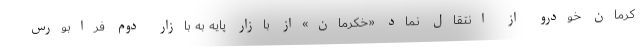
کرمان خودرو از انتقال نماد «خکرمان»از بازار پایه به بازار دوم فرابورس